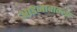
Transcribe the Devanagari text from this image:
आडनावातला